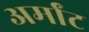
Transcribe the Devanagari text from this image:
अर्मांट